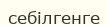
себілгенге